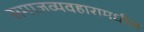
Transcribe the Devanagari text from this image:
समाजव्यवहारामधील